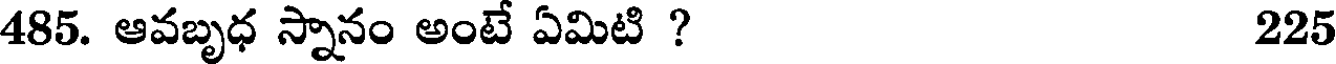
485. ఆవబృధ స్నానం అంటే ఏమిటి ? 225